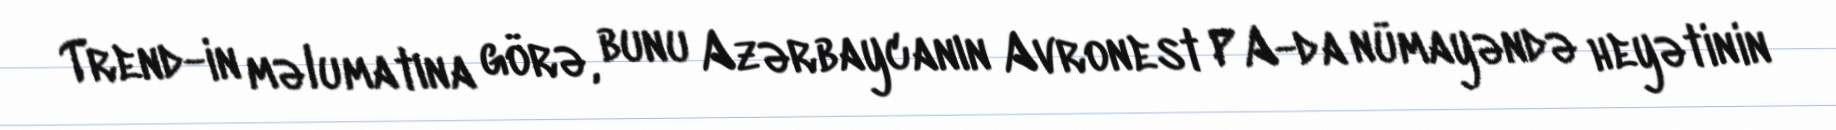
Trend-in məlumatına görə, bunu Azərbaycanın Avronest PA-da nümayəndə heyətinin